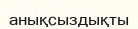
анықсыздықты